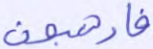
فارهبون